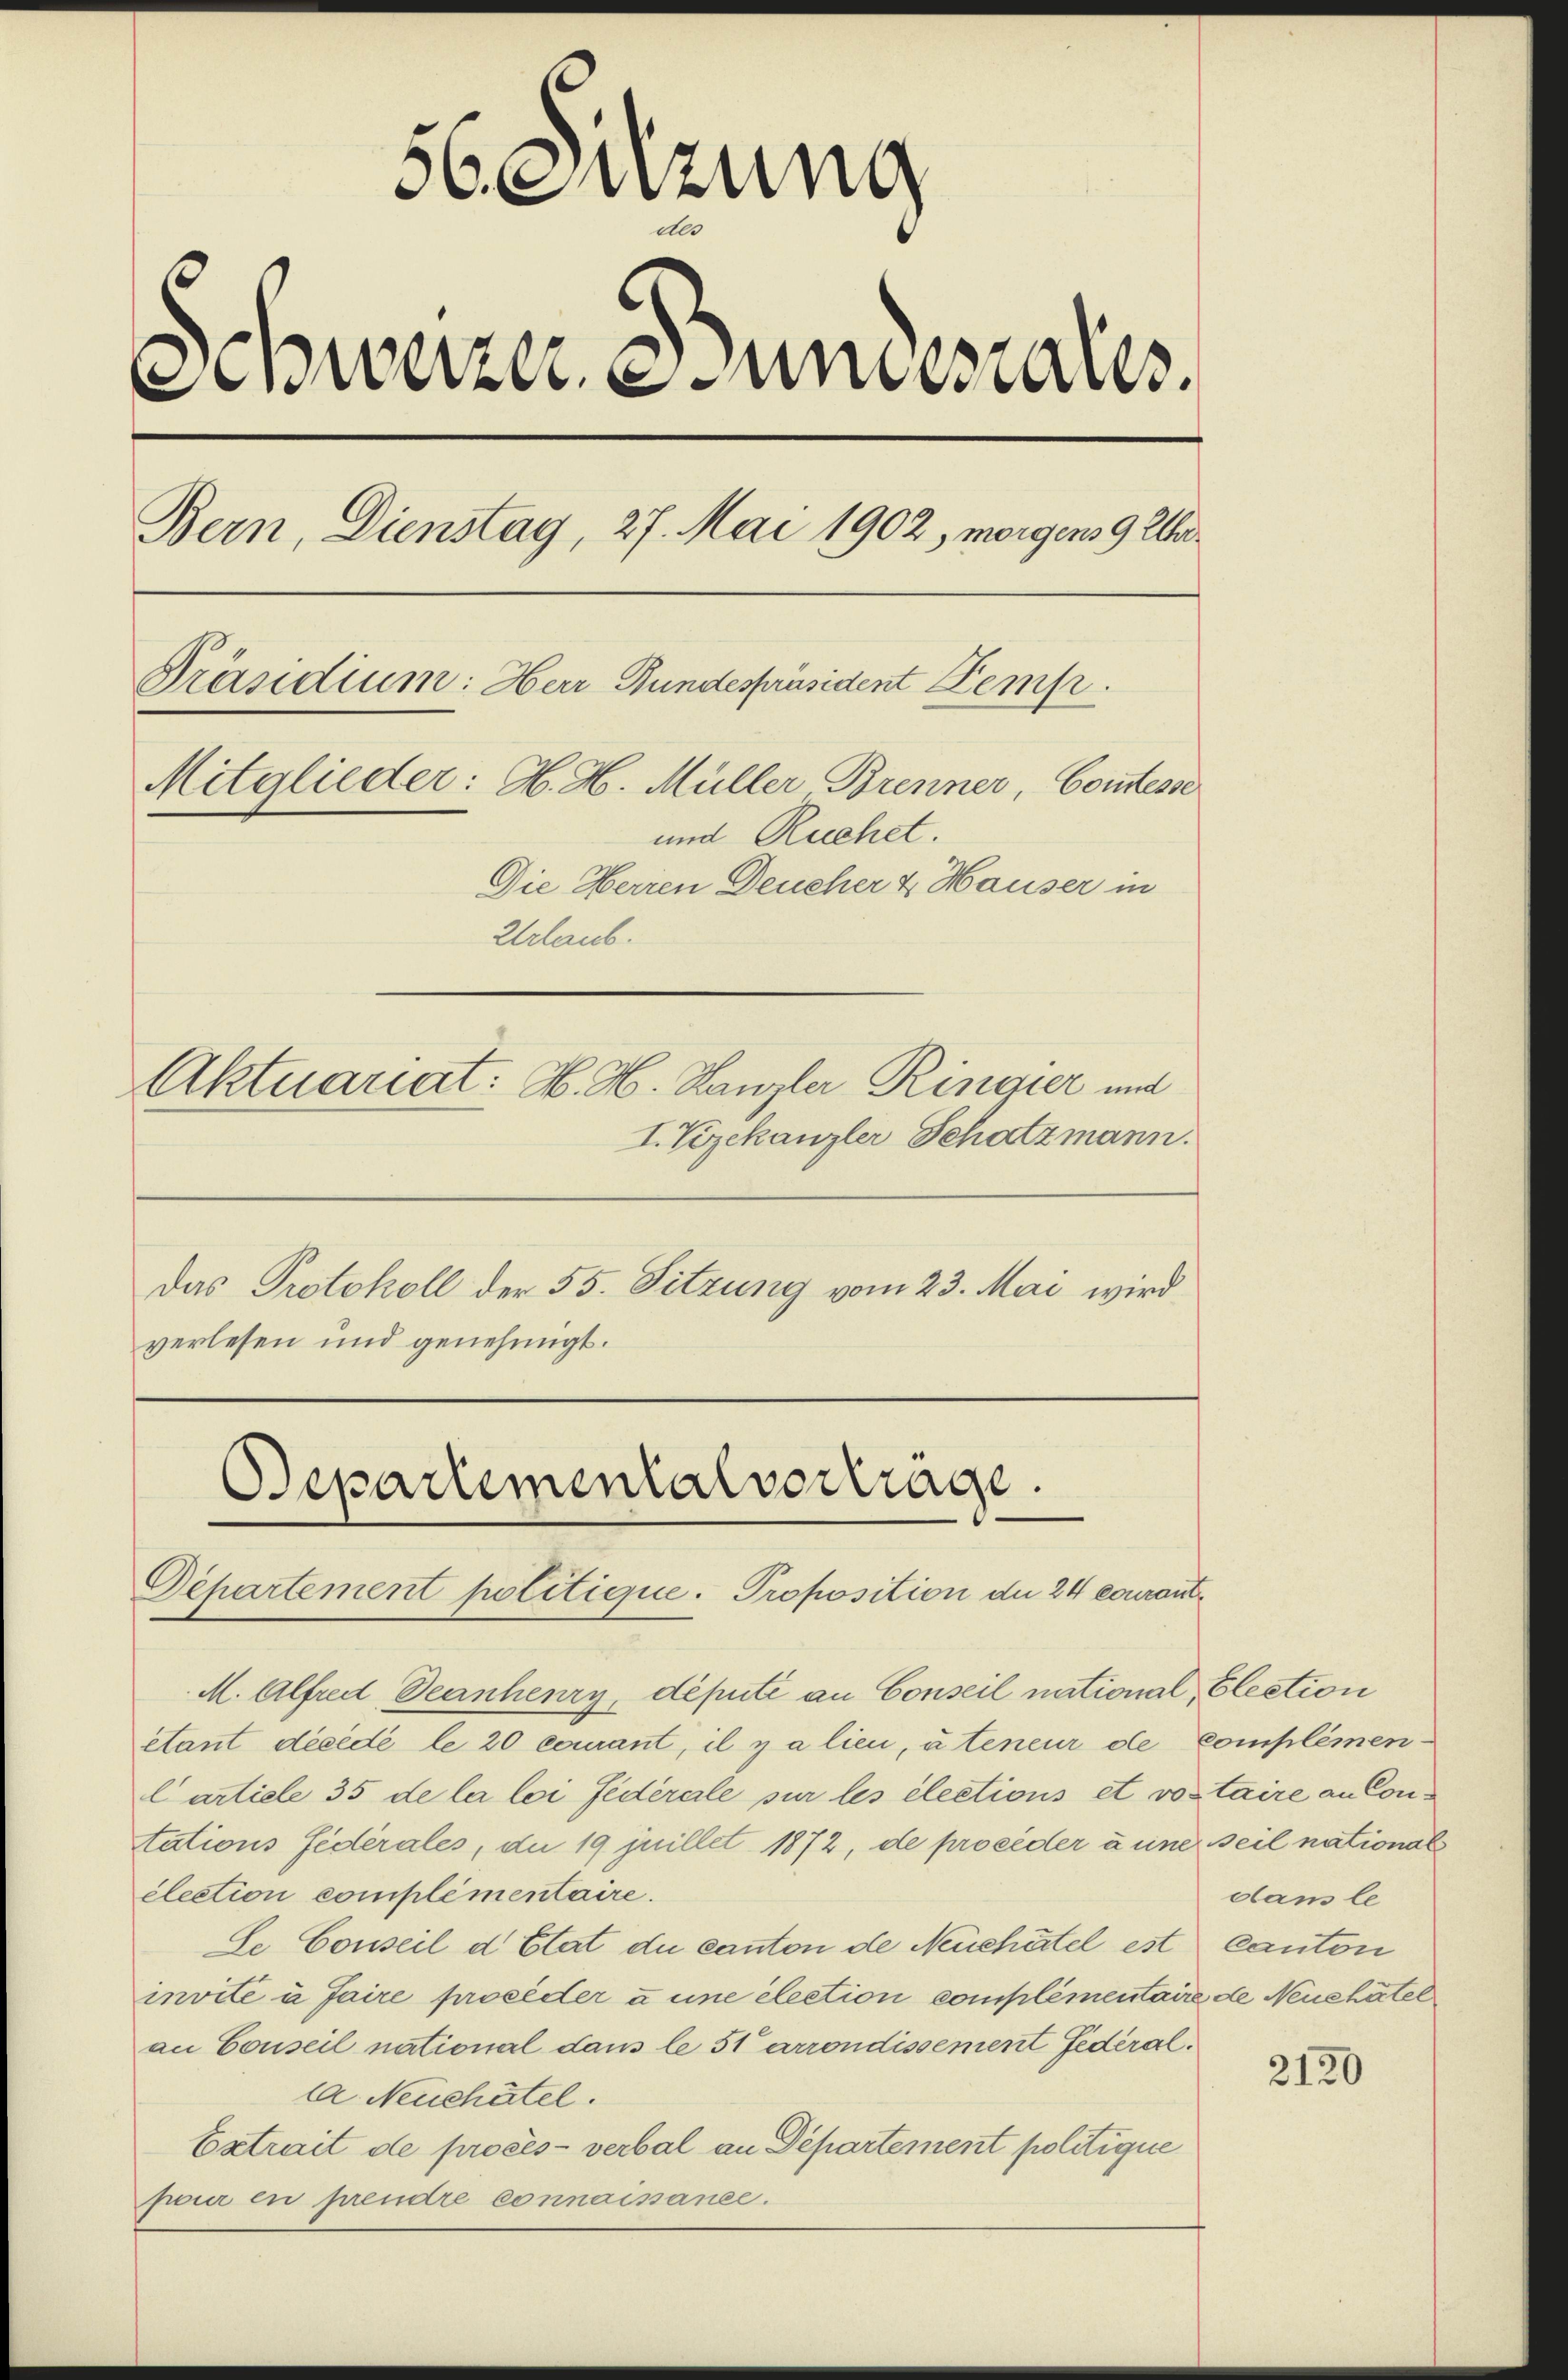
56. Sitzung
Schweizer, Bundesrates
Bern, Dienstag, 27. Mai 1902, morgens 9 Uhr
Präsidium: Herr Bundespräsident Kemp
Mitglieder: H. H. Müller Brenner, Coutesse
und Ruchet.
Die Herren Deucher & Hauser in
Urlaub.
Aktuariat: H. H. Hanzler Ringier und
I. Vizekanzler Schatzmann.

Das Protokoll der 55. Sitzung vom 23. Mai wird
verlesen und genehmigt.

Separtementalvertrage.
Departement politique. Proposition die 24 couraut¬

M. Alfred, Deanheury, deputé an Conseil national, Election
etant décédé le 20 courant, il y a lieu, à teneur de complemen
Carticle 35 de la loi fédérale sur les élections et votaire an Contations fédérales, du 19 juillet 1872, de procéder à une seil national
élection complementaire.
Se Conseil d’Etat du canton de Neuchâtel est Canton
invite à faire proceder u une élection complementaire de Neuehätel
an Conseil national dans le 51 arrondissement Federalla. Neuchâtel.
Extrait de procès-verbal an Departement politique
pauer en prendre connaisance.

dam le

2120